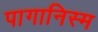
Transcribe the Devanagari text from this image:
पागानिस्म